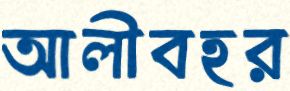
আলীবহর